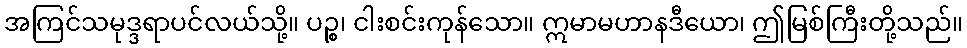
အကြင်သမုဒ္ဒရာပင်လယ်သို့။ ပဉ္စ၊ ငါးစင်းကုန်သော။ ဣမာမဟာနဒီယော၊ ဤမြစ်ကြီးတို့သည်။